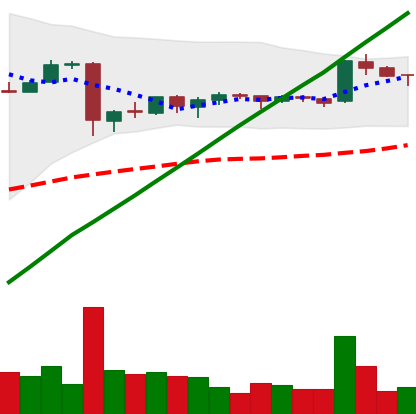
Ticker: BTC-USD
Chart end date: 2016-01-10
Forward return: -18.674%
Label: down_7plus